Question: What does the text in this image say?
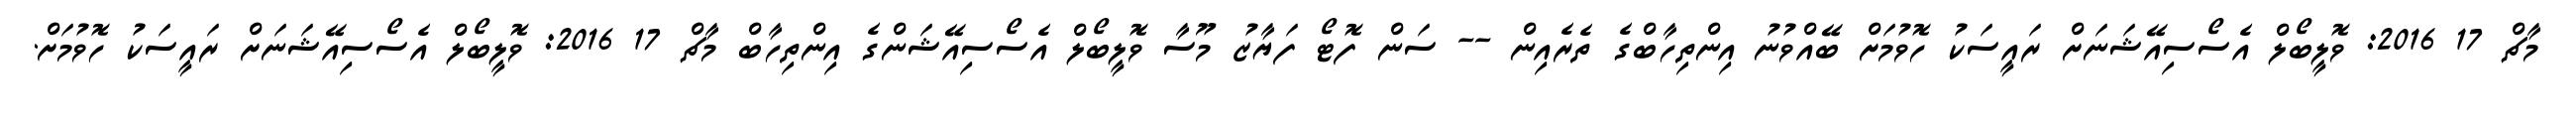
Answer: މާޗް 17 2016: ވޮލީބޯލް އެސޯސިއޭޝަނަށް ރައީސަކު ހޮވުމަށް ބޭއްވުނު އިންތިހާބްގެ ތެރެއިން -- ސަން ފޮޓޯ ފަޔާޒު މޫސާ ވޮލީބޯލް އެސޯސިއޭޝަންގެ އިންތިހާބް މާޗް 17 2016: ވޮލީބޯލް އެސޯސިއޭޝަނަށް ރައީސަކު ހޮވުމަށް.